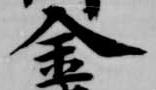
金